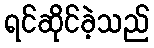
ရင်ဆိုင်ခဲ့သည်